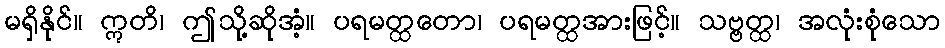
မရှိနိုင်။ ဣတိ၊ ဤသို့ဆိုအံ့။ ပရမတ္ထတော၊ ပရမတ္ထအားဖြင့်။ သဗ္ဗတ္ထ၊ အလုံးစုံသော